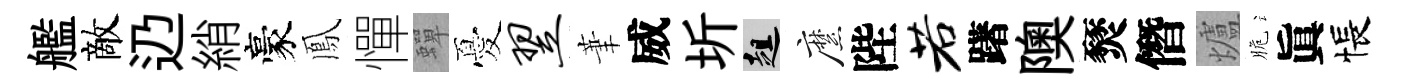
艦敵辸綃豪鳳憚蟬憂翌茟威圻趄縻陛若躇隩燹僭爐脆眞悵